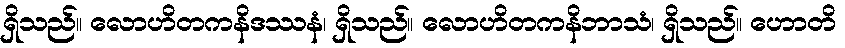
ရှိသည်။ လောဟိတကနိဒဿနံ၊ ရှိသည်။ လောဟိတကနိဘာသံ၊ ရှိသည်။ ဟောတိ